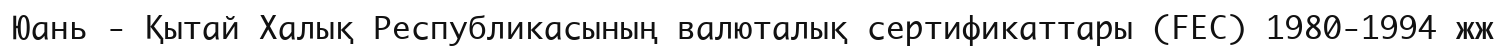
Юань - Қытай Халық Республикасының валюталық сертификаттары (FEC) 1980-1994 жж